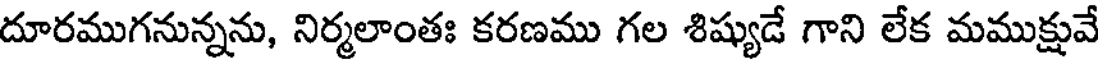
దూరముగనున్నను, నిర్మలాంతః కరణము గల శిష్యుడే గాని లేక మముక్షువే